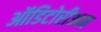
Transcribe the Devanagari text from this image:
ऑडिटोरीअम